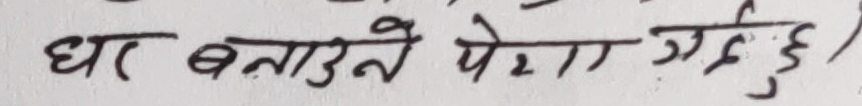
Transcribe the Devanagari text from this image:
धार बनाउने पेना गएँ